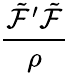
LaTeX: \frac{{\tilde{\cal F}^{\prime}}{{\tilde{\cal F}}}}{\rho}